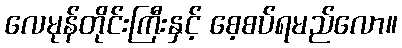
လေမုန်တိုင်းကြီးနှင့် စေ့စပ်ရမည်လော။